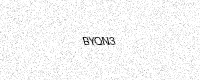
Text: BYQN3